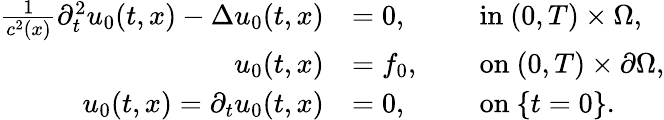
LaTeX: \begin{array}{rlrl}{\frac{1}{c^{2}(x)}\partial_{t}^{2}u_{0}(t,x)-\Delta u_{0}(t,x)}&{=0,}&{\ }&{\mathrm{in~}(0,T)\times\Omega,}\\ {u_{0}(t,x)}&{=f_{0},}&{\ }&{\mathrm{on~}(0,T)\times\partial\Omega,}\\ {u_{0}(t,x)={\partial_{t}u_{0}(t,x)}}&{=0,}&{\ }&{\mathrm{on~}\{ t=0\} .}\end{array}